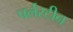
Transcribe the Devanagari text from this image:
पर्लस्टीन